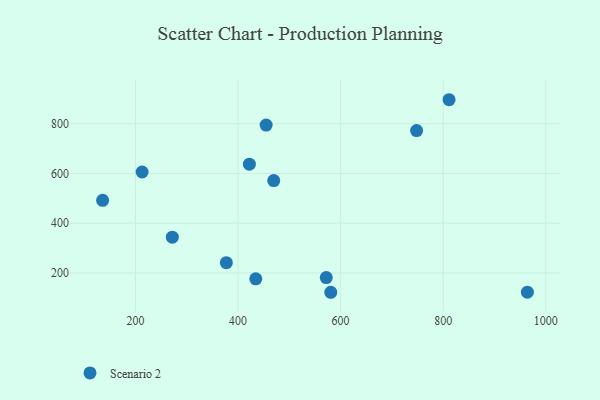
{"axis": {"x": "Experience", "y": "Fuel Efficiency"}, "legend": ["Scenario 2"], "data": [{"x": "454.8", "y": 794.7, "type": "Scenario 2"}, {"x": "136.0", "y": 492.1, "type": "Scenario 2"}, {"x": "811.4", "y": 896.5, "type": "Scenario 2"}, {"x": "469.6", "y": 571.3, "type": "Scenario 2"}, {"x": "964.1", "y": 122.5, "type": "Scenario 2"}, {"x": "580.8", "y": 122.1, "type": "Scenario 2"}, {"x": "422.1", "y": 637.4, "type": "Scenario 2"}, {"x": "572.0", "y": 181.2, "type": "Scenario 2"}, {"x": "213.0", "y": 605.8, "type": "Scenario 2"}, {"x": "748.1", "y": 772.5, "type": "Scenario 2"}, {"x": "271.9", "y": 343.6, "type": "Scenario 2"}, {"x": "434.6", "y": 176.3, "type": "Scenario 2"}, {"x": "377.2", "y": 241.0, "type": "Scenario 2"}]}